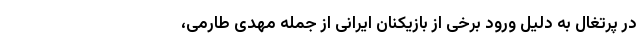
در پرتغال به دلیل ورود برخی از بازیکنان ایرانی از جمله مهدی طارمی،